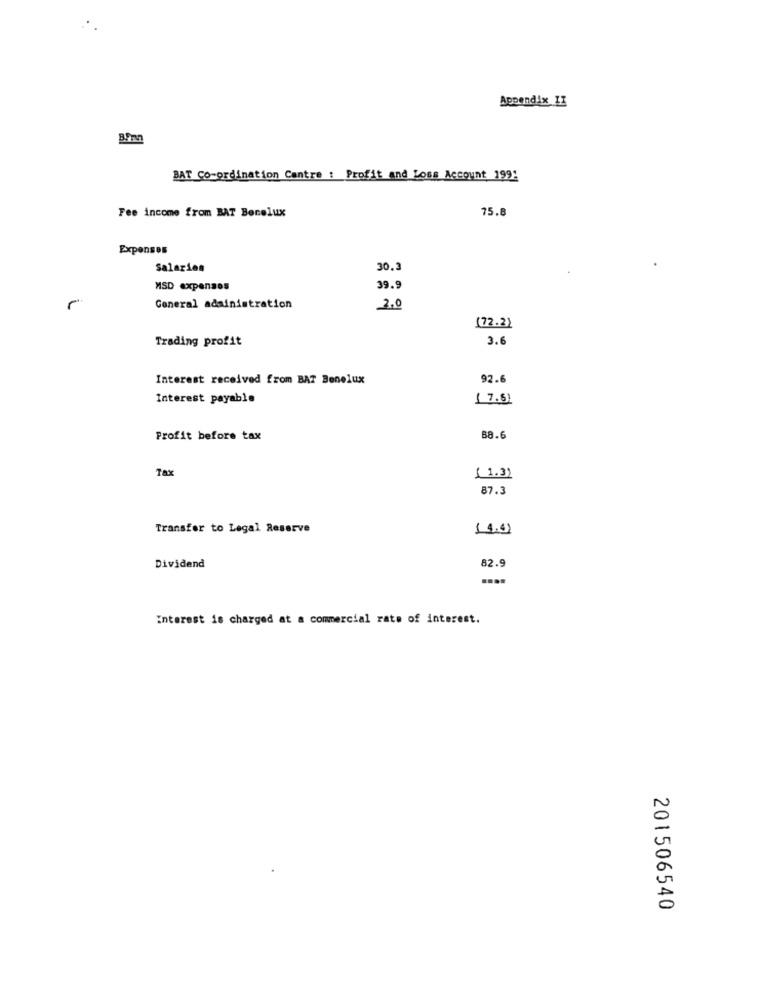
Appendix LI
BAT Co-ordination Cantre : Profit and Loss Account 199:
Fee income from BAT Benelux
75.8
Expenses
Salaries
30.3
MSD expenses
39.9
General administration
2.0
(72.2)
Trading profit
3.6
Interest received from BAT Benelux
92.
Interest payable
(7.5)
Profit before tax
88.6
Tax
{ 1.3)
87.3
Transfer to Legal Reserve
Dividend
82.9
Interest is charged at a commercial rate of interest.
201506540